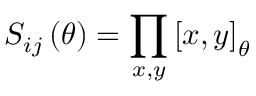
S _ { i j } \left( \theta \right) = \prod _ { x , y } \left[ x , y \right] _ { \theta }